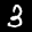
Label: 3